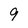
Character: 9